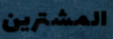
المشترين